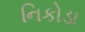
નિકોડા